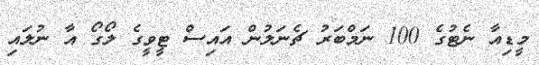
މީޑިއާ ނެޓުގެ 100 ނަމްބަރު ޗެނަލުން އައިސް ޓީވީގެ ލޯގޯ އާ ނުލައި